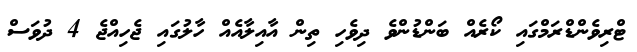
ޓްރިވެންޑްރަމްގައި ކޯރެއް ބަންޑުންވެ ދިވެހި ތިން އާއިލާއެއް ހާލުގައި ޖެހިއްޖެ 4 ދުވަސް